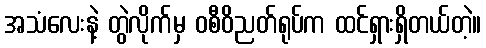
အသံလေးနဲ့ တွဲလိုက်မှ ဝစီဝိညတ်ရုပ်က ထင်ရှားရှိတယ်တဲ့။